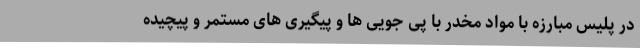
در پلیس مبارزه با مواد مخدر با پی جویی ها و پیگیری های مستمر و پیچیده